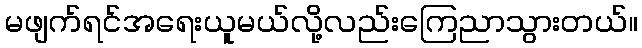
မဖျက်ရင်အရေးယူမယ်လို့လည်းကြေညာသွားတယ်။